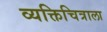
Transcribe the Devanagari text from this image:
व्यक्तिचित्राला